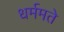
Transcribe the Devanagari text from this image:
धर्ममते